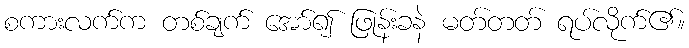
စကားလက်က တစ်ချက် အော်၍ ဖြုန်းခနဲ မတ်တတ် ရပ်လိုက်၏။